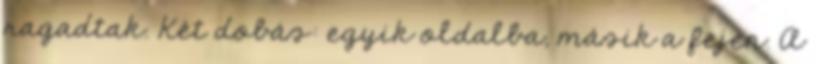
ragadtak. Két dobás: egyik oldalba, másik a fejen. A